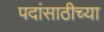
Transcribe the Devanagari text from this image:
पदांसाठीच्या